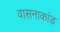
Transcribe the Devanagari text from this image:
वासनाकांड